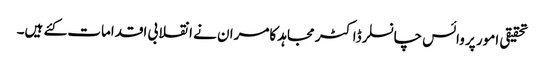
تحقیقی امور پر وائس چانسلر ڈاکٹر مجاہد کامران نے انقلابی اقدامات کئے ہیں۔